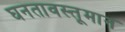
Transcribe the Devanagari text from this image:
घनतावस्तूमान